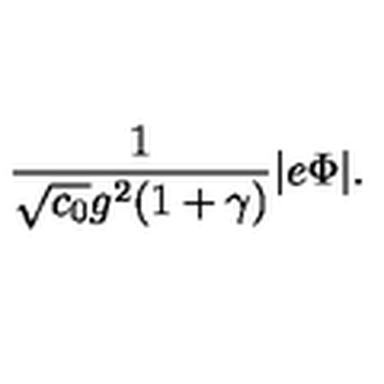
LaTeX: { \frac { 1 } { \sqrt { c _ { 0 } } g ^ { 2 } ( 1 + \gamma ) } } | e \Phi | .